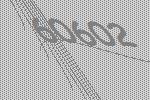
60602